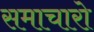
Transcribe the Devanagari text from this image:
समाचारो